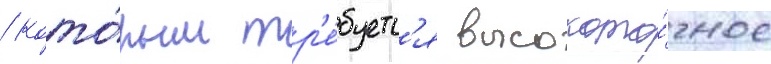
/ кото́рым тр'е́буетс'я высокото́чное